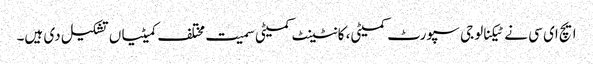
ایچ ای سی نے ٹیکنالوجی سپورٹ کمیٹی، کانٹینٹ کمیٹی سمیت مختلف کمیٹیاں تشکیل دی ہیں۔